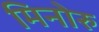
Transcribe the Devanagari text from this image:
मिनोरु